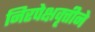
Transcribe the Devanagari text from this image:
निरपेक्षवृत्तीने